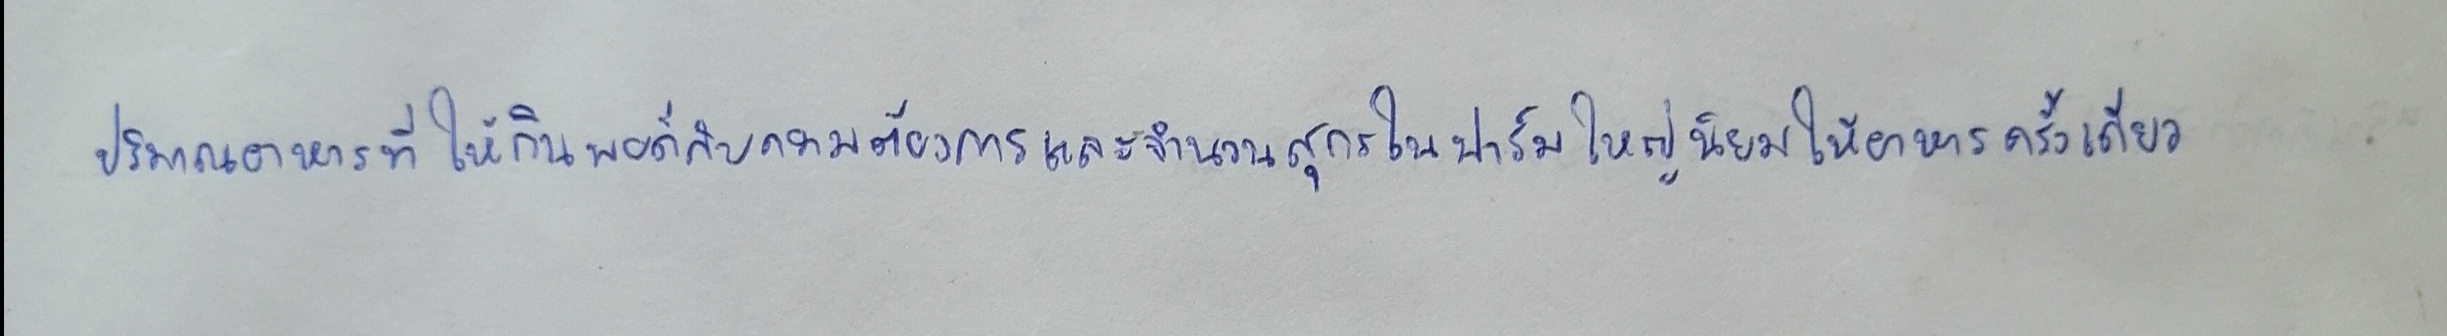
ปริมาณอาหารที่ให้กินให้พอดีกับความต้องการและจำนวนสุกรในฟาร์มใหญ่นิยมให้อาหารครั้งเดียว